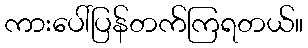
ကားပေါ်ပြန်တက်ကြရတယ်။